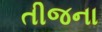
તીજના